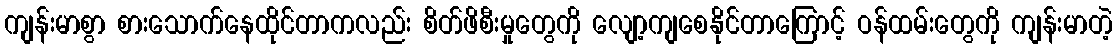
ကျန်းမာစွာ စားသောက်နေထိုင်တာကလည်း စိတ်ဖိစီးမှုတွေကို လျော့ကျစေနိုင်တာကြောင့် ဝန်ထမ်းတွေကို ကျန်းမာတဲ့